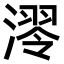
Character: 𣼢